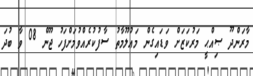
މާރަންދޫ ޞިއްޙީ މަރުކަޒަށް ވަޑައިގެން މަޢުލޫމާތު ސާފުކުރެއްވުމަށްފަހު ޖޫން 08 ވާ ބުދަ